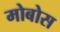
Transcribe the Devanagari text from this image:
मोबोस